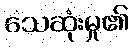
သေဆုံးမှု၏